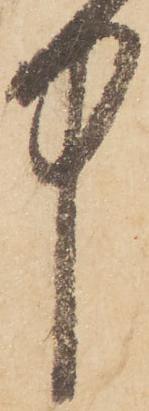
中